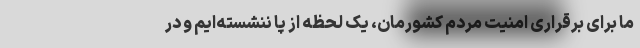
ما برای برقراری امنیت مردم کشورمان، یک لحظه از پا ننشسته‌ایم و در